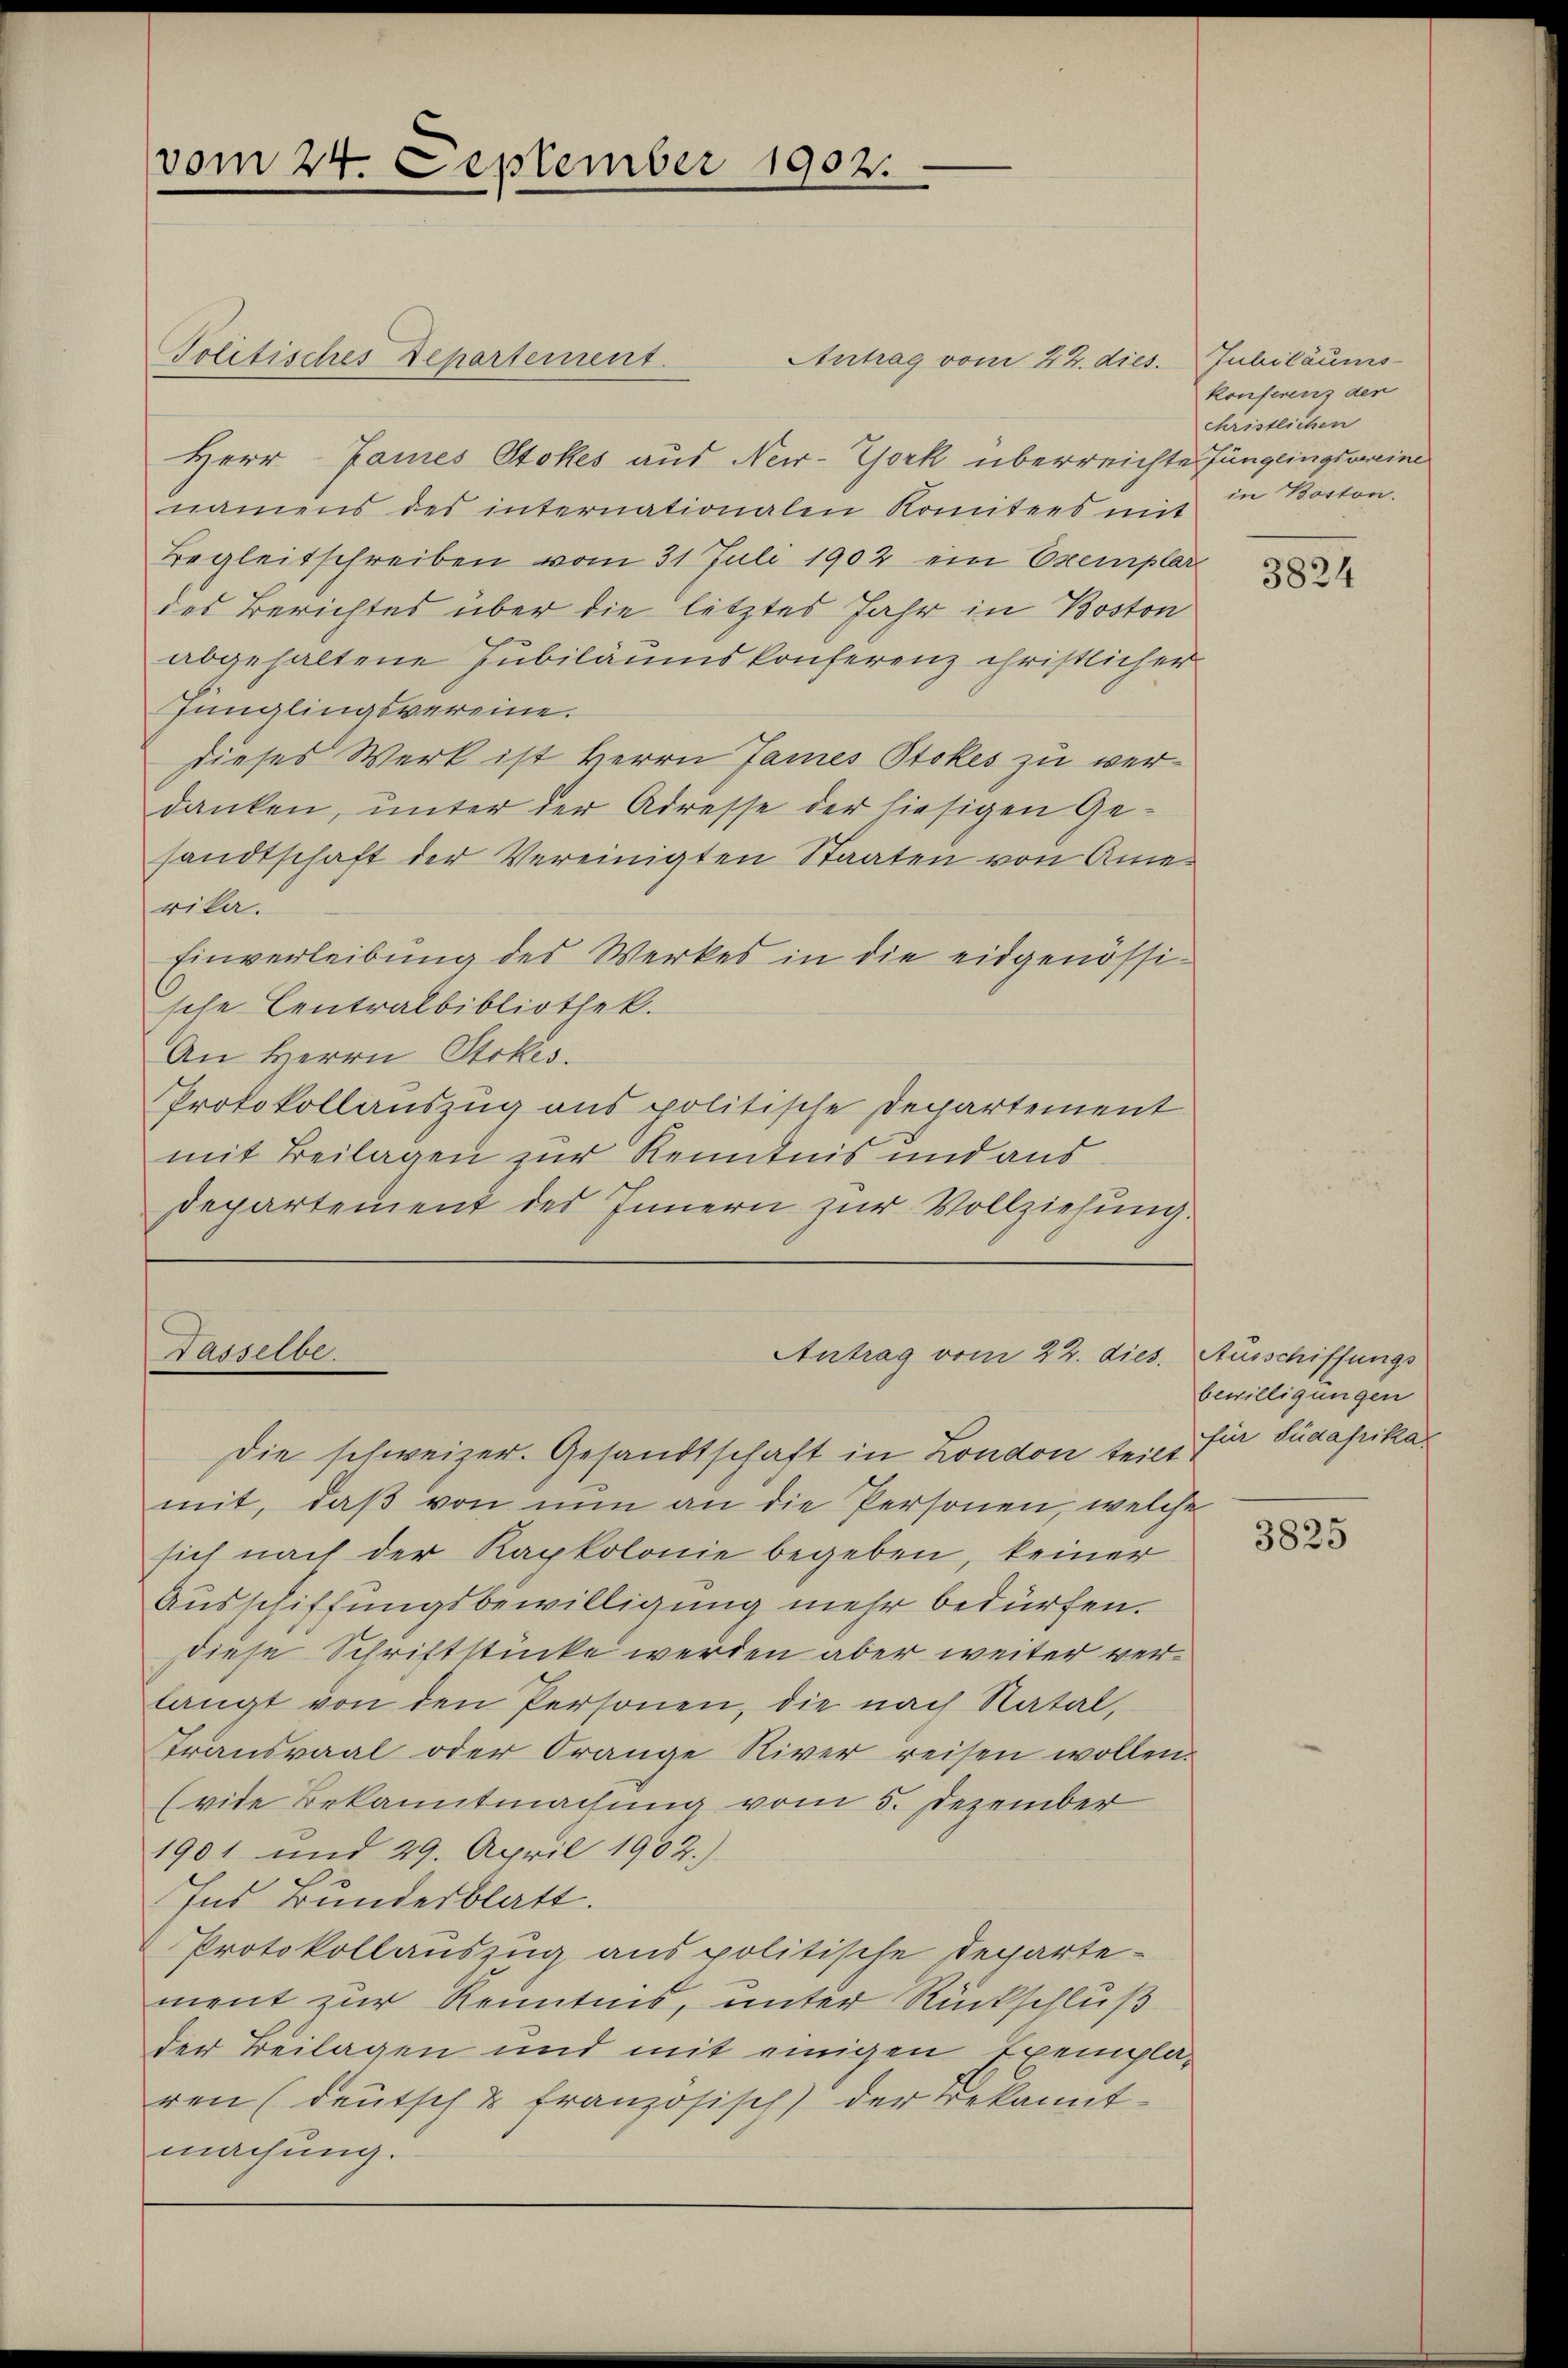
Antrag vom 22. dies Jubiläums-
Herr James Stokes aus New-York überreichte Jünglingsweine
namens des internationalen Komitees mit
Begleitschreiben vom 31 Juli 1902 ein Exemplar
des Berichtes über die letztes Jahr in Boston
abgehaltene Jubiläumskonferenz christlicher
Jünglingsvereine.
dieses Werk ist Herrn James Stokes zu verdanken, unter der Adresse der hiesigen Ge-
sandtschaft der Vereinigten Staaten von Amerika.
Einverleibung des Werkes in die eidgenössische Centralbibliothek.
An Herrn Stokes.
Protokollauszug aus politische Departement
mit Beilagen zur Kenntnis und aus
departement des Innern zŭr Vollziehung.

Politisches Departement.

vom 24. September 1902.

Tasselbe.
Antrag vom 22. dies

Die schweizer. Gesandtschaft in London teilt für Sucaprika
mit, daß von nun an die Personen, welche
sich nach der Kapkolonie begeben, keiner
Ausschiffungsbewilligung mehr bedürfen.
diese Schriftstücke werden aber weiter verlangt von den Personen, die nach Natal,
transaal oder Orange Niver reisen wollen.
(vide Bekanntmachung vom 5. Dezember
1901 und 29. April 1902.)
Ins Bundesblatt.
Protokollauszug aus politische Departe-
ment zur Kenntnis, unter Rückschluß
der Beilagen und mit einigen Exemplaren (deutsch & französisch) der Bekannt-
machung.

konferenz der
christlichen
in Boston.

3824

Ausschiffungs
bewilligungen

3825